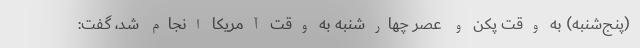
(پنج‌شنبه) به وقت پکن و عصر چهارشنبه به وقت آمریکا انجام شد، گفت: